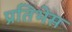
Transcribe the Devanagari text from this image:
प्रतिभेस